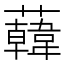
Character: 𧃙